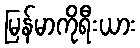
မြန်မာကိုရီးယား